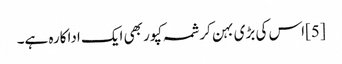
[5]اس کی بڑی بہن کرشمہ کپور بھی ایک اداکارہ ہے۔